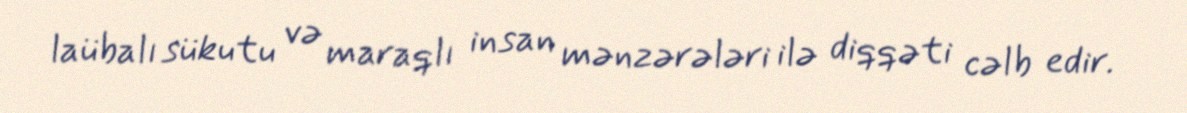
laübalı sükutu və maraqlı insan mənzərələri ilə diqqəti cəlb edir.